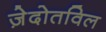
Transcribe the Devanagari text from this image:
ज़ेदोतविल